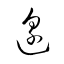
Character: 邊